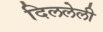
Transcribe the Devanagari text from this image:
दिललेली